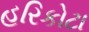
હરિકોટા